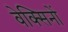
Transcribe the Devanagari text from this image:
वेक्सिनों